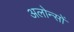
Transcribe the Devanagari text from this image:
अलोन्सों